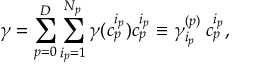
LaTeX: \gamma = \sum _ { p = 0 } ^ { D } \sum _ { i _ { p } = 1 } ^ { N _ { p } } \gamma ( c _ { p } ^ { i _ { p } } ) c _ { p } ^ { i _ { p } } \equiv \gamma _ { i _ { p } } ^ { ( p ) } \: c _ { p } ^ { i _ { p } } ,